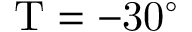
\mathrm { T = - 3 0 ^ { \circ } }